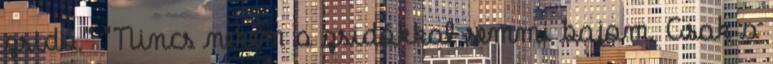
zsidó." "Nincs nekem a zsidókkal semmi bajom. Csak a